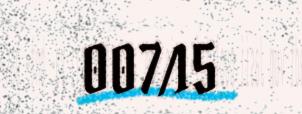
007/15